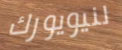
لنيويورك